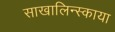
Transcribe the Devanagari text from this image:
साखालिन्स्काया